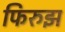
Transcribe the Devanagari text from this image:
फिरुझ